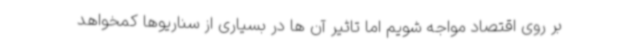
بر روی اقتصاد مواجه شویم اما تاثیر آن ها در بسیاری از سناریوها کمخواهد